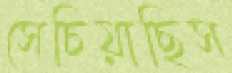
সেচিয়াছিস